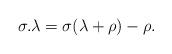
LaTeX: \begin{align*}\sigma . \lambda = \sigma(\lambda + \rho) - \rho.\end{align*}